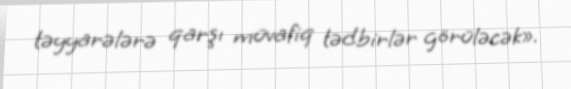
təyyarələrə qarşı müvafiq tədbirlər görüləcək».